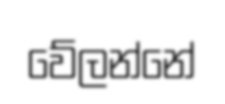
වේලන්නේ